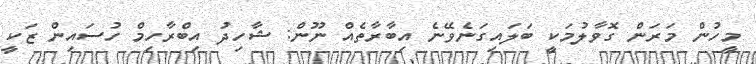
މީހުން މަރަން ގޮވާލުމަކީ ބަލައިގަނެވޭނެ އިބާރާތެއް ނޫން: ޝާހިދު އިބްރާހިމް ހުސައިން ޒަކީ